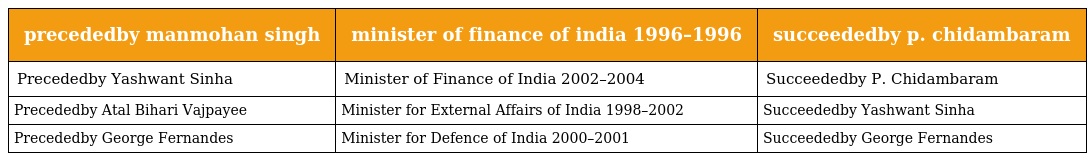
| precededby manmohan singh | minister of finance of india 1996–1996 | succeededby p. chidambaram |
 | --- | --- | --- |
 | Precededby Yashwant Sinha | Minister of Finance of India 2002–2004 | Succeededby P. Chidambaram |
 | Precededby Atal Bihari Vajpayee | Minister for External Affairs of India 1998–2002 | Succeededby Yashwant Sinha |
 | Precededby George Fernandes | Minister for Defence of India 2000–2001 | Succeededby George Fernandes |